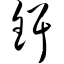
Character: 铒